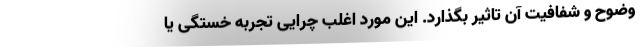
وضوح و شفافیت آن تاثیر بگذارد. این مورد اغلب چرایی تجربه خستگی یا